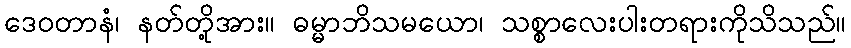
ဒေဝတာနံ၊ နတ်တို့အား။ ဓမ္မာဘိသမယော၊ သစ္စာလေးပါးတရားကိုသိသည်။